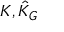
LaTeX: K , { \hat { K } } _ { G }